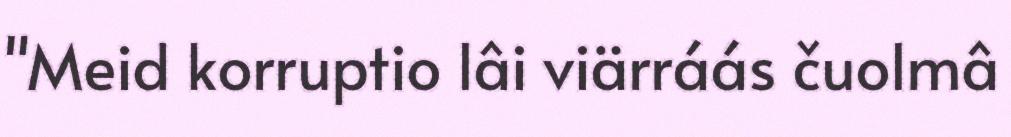
"Meid korruptio lâi viärráás čuolmâ